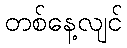
တစ်နေ့လျင်